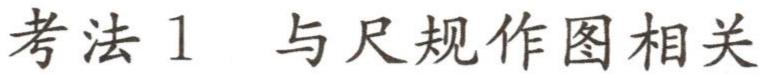
考法1 与尺规作图相关